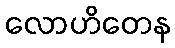
လောဟိတေန